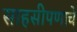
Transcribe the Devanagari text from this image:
साहसीपणाचे